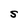
Character: S